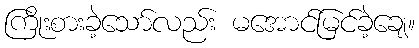
ကြိုးစားခဲ့သော်လည်း မအောင်မြင်ခဲ့ချေ။